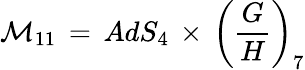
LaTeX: {\cal M}_{11}\, =\, AdS_{4}\, \times\, \left(\frac{G}{H}\right)_{7}